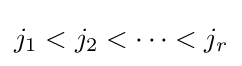
j_{1}<j_{2}<\dots <j_{r}